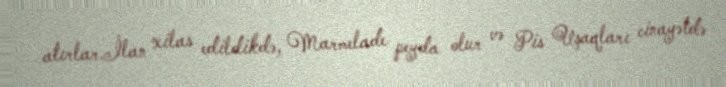
atırlar.İlan xilas edildikdə, Marmelade peyda olur və Pis Uşaqları cinayətdə